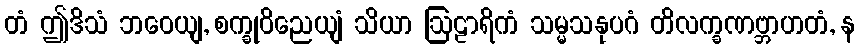
တံ ဤဒိသံ ဘဝေယျ, စက္ခုဝိညေယျံ သိယာ ဩဠာရိကံ သမ္မသနုပဂံ တိလက္ခဏဗ္ဘာဟတံ, န